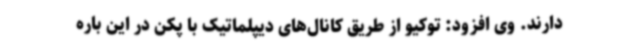
دارند. وی افزود: توکیو از طریق کانال‌های دیپلماتیک با پکن در این باره